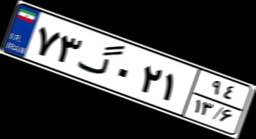
۷۳گ۰۲۱۹۴